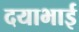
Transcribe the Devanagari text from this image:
दयाभाई